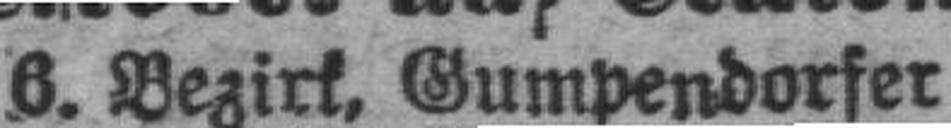
6. Bezirk, Gumpendorfer